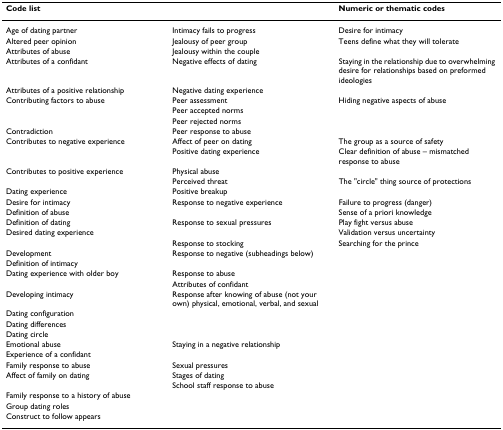
<table><thead><tr><td><b>Code list</b></td><td></td><td><b>Numeric or thematic codes</b></td></tr></thead><tbody><tr><td>Age of dating partner</td><td>Intimacy fails to progress</td><td>Desire for intimacy</td></tr><tr><td>Altered peer opinion</td><td>Jealousy of peer group</td><td>Teens define what they will tolerate</td></tr><tr><td>Attributes of abuse</td><td>Jealousy within the couple</td><td></td></tr><tr><td>Attributes of a confidant</td><td>Negative effects of dating</td><td>Staying in the relationship due to overwhelming desire for relationships based on preformed ideologies</td></tr><tr><td>Attributes of a positive relationship</td><td>Negative dating experience</td><td></td></tr><tr><td>Contributing factors to abuse</td><td>Peer assessment</td><td>Hiding negative aspects of abuse</td></tr><tr><td></td><td>Peer accepted norms</td><td></td></tr><tr><td></td><td>Peer rejected norms</td><td></td></tr><tr><td>Contradiction</td><td>Peer response to abuse</td><td></td></tr><tr><td>Contributes to negative experience</td><td>Affect of peer on dating</td><td>The group as a source of safety</td></tr><tr><td></td><td>Positive dating experience</td><td>Clear definition of abuse – mismatched response to abuse</td></tr><tr><td>Contributes to positive experience</td><td>Physical abuse</td><td></td></tr><tr><td></td><td>Perceived threat</td><td>The &quot;circle&quot; thing source of protections</td></tr><tr><td>Dating experience</td><td>Positive breakup</td><td></td></tr><tr><td>Desire for intimacy</td><td>Response to negative experience</td><td>Failure to progress (danger)</td></tr><tr><td>Definition of abuse</td><td></td><td>Sense of a priori knowledge</td></tr><tr><td>Definition of dating</td><td>Response to sexual pressures</td><td>Play fight versus abuse</td></tr><tr><td>Desired dating experience</td><td></td><td>Validation versus uncertainty</td></tr><tr><td></td><td>Response to stocking</td><td>Searching for the prince</td></tr><tr><td>Development</td><td>Response to negative (subheadings below)</td><td></td></tr><tr><td>Definition of intimacy</td><td></td><td></td></tr><tr><td>Dating experience with older boy</td><td>Response to abuse</td><td></td></tr><tr><td></td><td>Attributes of confidant</td><td></td></tr><tr><td>Developing intimacy</td><td>Response after knowing of abuse (not your own) physical, emotional, verbal, and sexual</td><td></td></tr><tr><td>Dating configuration</td><td></td><td></td></tr><tr><td>Dating differences</td><td></td><td></td></tr><tr><td>Dating circle</td><td></td><td></td></tr><tr><td>Emotional abuse</td><td>Staying in a negative relationship</td><td></td></tr><tr><td>Experience of a confidant</td><td></td><td></td></tr><tr><td>Family response to abuse</td><td>Sexual pressures</td><td></td></tr><tr><td>Affect of family on dating</td><td>Stages of dating</td><td></td></tr><tr><td></td><td>School staff response to abuse</td><td></td></tr><tr><td>Family response to a history of abuse</td><td></td><td></td></tr><tr><td>Group dating roles</td><td></td><td></td></tr><tr><td>Construct to follow appears</td><td></td><td></td></tr></tbody></table>